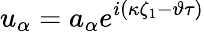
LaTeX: u_{\alpha}=a_{\alpha}e^{i(\kappa\zeta_{1}-\vartheta\tau)}